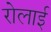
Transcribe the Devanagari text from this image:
रोलाई